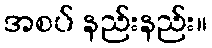
အစပ် နည်းနည်း။